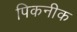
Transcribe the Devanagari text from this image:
पिकनीक